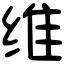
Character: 维